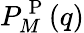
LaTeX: P_{M}^{\mathrm{~P~}}(q)